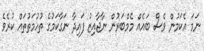
ނަމަ އެކަމުން ވެސް ބައެއް މެމްބަރުން ނާޖާއިޒު ފައިދާ ނަގާކަމުގެ ތުހުމަތުތައް ކުރެވެ